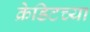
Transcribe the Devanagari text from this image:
क्रेडिटच्या